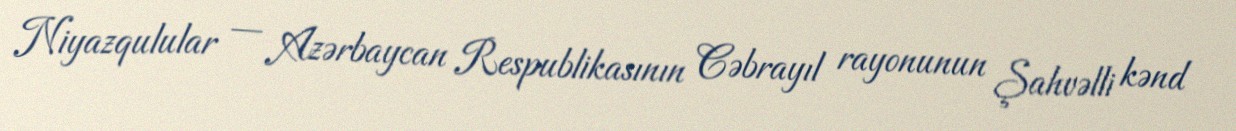
Niyazqulular — Azərbaycan Respublikasının Cəbrayıl rayonunun Şahvəlli kənd